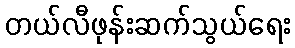
တယ်လီဖုန်းဆက်သွယ်ရေး